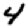
Digit: 4